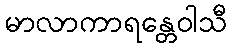
မာလာကာရန္တေဝါသီ